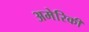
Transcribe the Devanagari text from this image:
अमेरिकी